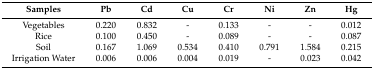
<table><thead><tr><td><b>Samples</b></td><td><b>Pb</b></td><td><b>Cd</b></td><td><b>Cu</b></td><td><b>Cr</b></td><td><b>Ni</b></td><td><b>Zn</b></td><td><b>Hg</b></td></tr></thead><tbody><tr><td>Vegetables</td><td>0.220</td><td>0.832</td><td>-</td><td>0.133</td><td>-</td><td>-</td><td>0.012</td></tr><tr><td>Rice</td><td>0.100</td><td>0.450</td><td>-</td><td>0.089</td><td>-</td><td>-</td><td>0.087</td></tr><tr><td>Soil</td><td>0.167</td><td>1.069</td><td>0.534</td><td>0.410</td><td>0.791</td><td>1.584</td><td>0.215</td></tr><tr><td>Irrigation Water</td><td>0.006</td><td>0.006</td><td>0.004</td><td>0.019</td><td>-</td><td>0.023</td><td>0.042</td></tr></tbody></table>